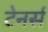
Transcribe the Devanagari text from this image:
टेनर्स